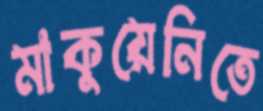
মাকুয়েনিতে